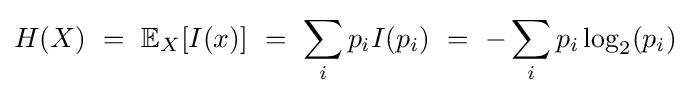
H(X)\ =\ \mathbb {E} _{X}[I(x)]\ =\ \sum _{i}p_{i}I(p_{i})\ =\ -\sum _{i}p_{i}\log _{2}(p_{i})